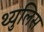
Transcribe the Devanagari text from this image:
थ्युलिस